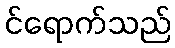
င်ရောက်သည်